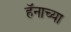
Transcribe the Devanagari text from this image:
हॅनाच्या